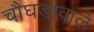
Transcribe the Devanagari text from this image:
चौघडावाले